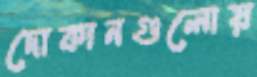
দোকানগুলোয়